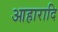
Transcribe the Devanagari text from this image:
आहारादि